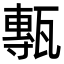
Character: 甎